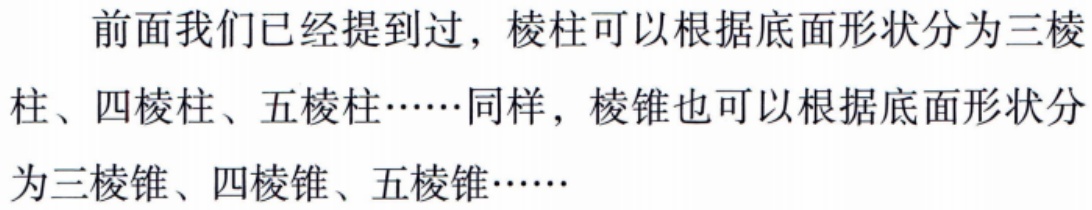
前面我们已经提到过，棱柱可以根据底面形状分为三棱柱、四棱柱、五棱柱……同样，棱锥也可以根据底面形状分为三棱锥、四棱锥、五棱锥……